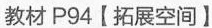
教材P94【拓展空间】